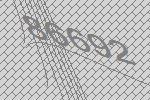
86692